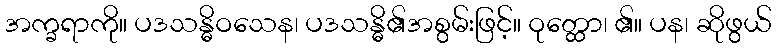
အက္ခရာကို။ ပဒသန္ဓိဝသေန၊ ပဒသန္ဓိ၏အစွမ်းဖြင့်။ ဝုတ္ထော၊ ၏။ ပန၊ ဆိုဖွယ်